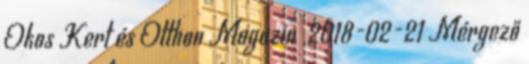
Okos Kert és Otthon Magazin 2018-02-21 Mérgező